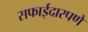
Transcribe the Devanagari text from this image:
सफाईदारपणे